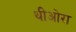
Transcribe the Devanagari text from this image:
थीओरा